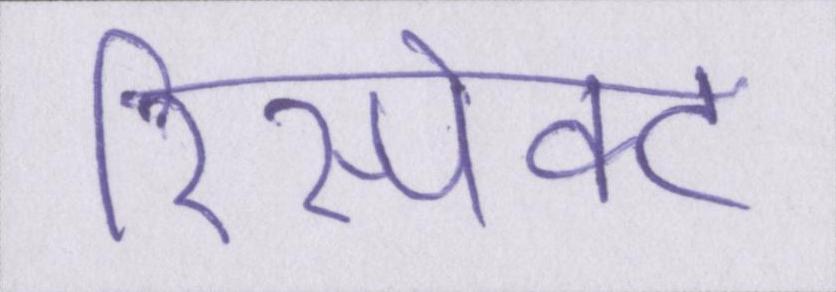
रिस्पेक्ट